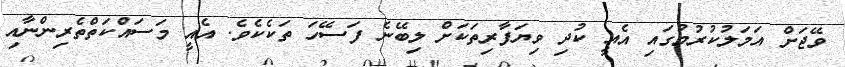
ވޭޖަށް އަމަލުކުރުމުގައި އެއީ ކުދި ވިޔަފާރިތަކަށް ލިބޭނެ ފަސޭހަ ތަކެކެވެ. އެއީ މަސައްކަތްތެރިންނާއި